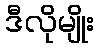
ဒီလိုမျိုး